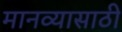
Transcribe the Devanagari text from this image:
मानव्यासाठी